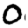
Digit: 0